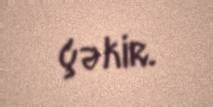
çəkir.